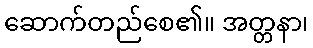
ဆောက်တည်စေ၏။ အတ္တနာ၊